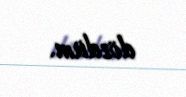
dözdüm.